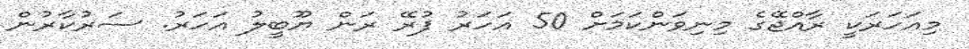
މިއަހަރަކީ ރާއްޖޭގެ މިނިވަންކަމަށް 50 އަހަރު ފުރޭ ރަން ޔޫބީލު އަހަރު. ސަރުކާރުން